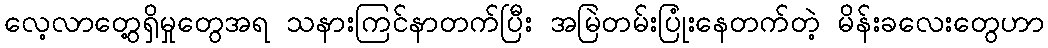
လေ့လာတွေ့ရှိမှုတွေအရ သနားကြင်နာတက်ပြီး အမြဲတမ်းပြုံးနေတက်တဲ့ မိန်းခလေးတွေဟာ